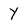
Character: Y